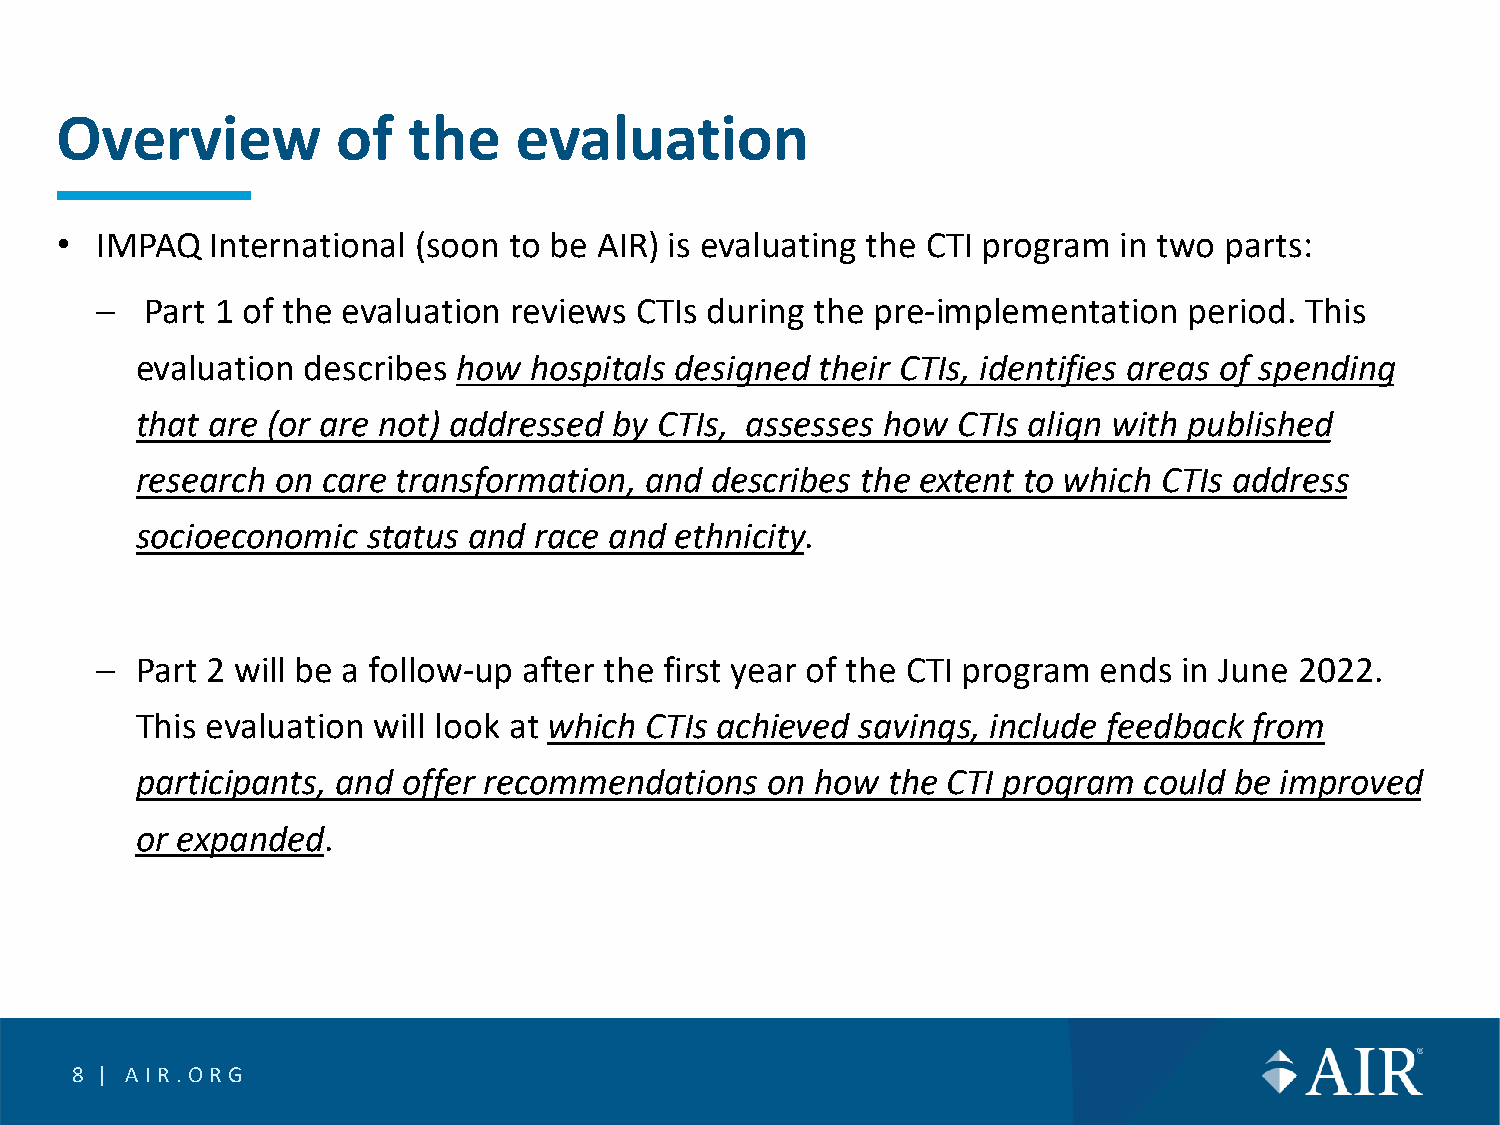
Overview          of   the    evaluation
 • IMPAQ   International (soon to be AIR) is evaluating the CTI program in two parts:
 –   Part 1 of the evaluation reviews CTIs during the pre-implementation  period. This
 evaluation describes how  hospitals designed their CTIs, identifies areas of spending
 that are (or are not) addressed by CTIs, assesses how CTIs align with published
 research on care transformation,  and describes the extent to which CTIs address
 socioeconomic  status and race and  ethnicity.
 –  Part 2 will be a follow-up after the first year of the CTI program ends in June 2022.
 This evaluation will look at which CTIs achieved savings, include feedback from
 participants, and offer recommendations   on how  the CTI program  could be improved
 or expanded.
 8 | AIR.O RG